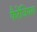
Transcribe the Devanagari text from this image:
फैरेंजियल